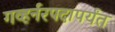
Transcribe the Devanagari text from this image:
गव्हर्नरपदापर्यंत